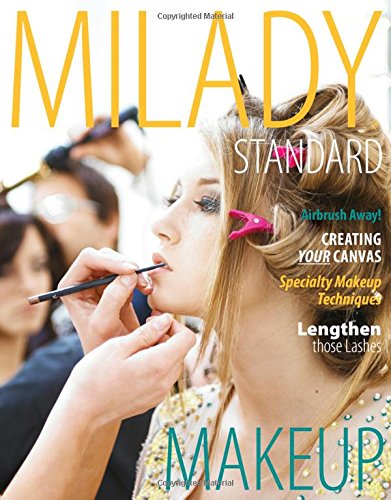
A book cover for Milady Standard Makeup; Michelle D'Allaird; Health, Fitness & Dieting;